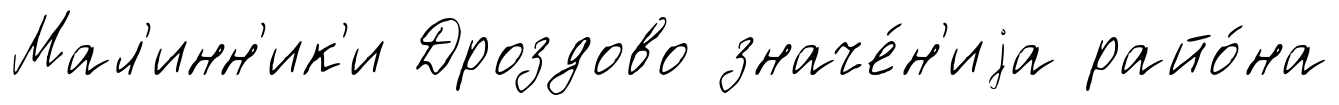
Мал'инн'ик'и Дроздово значе́н'иjа райо́на